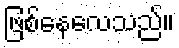
ဖြစ်နေလေသည်။